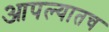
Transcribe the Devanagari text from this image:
आपल्यातच